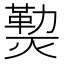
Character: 𰟝